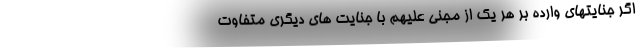
اگر جنایتهای وارده بر هر یک از مجنی علیهم با جنایت های دیگری متفاوت